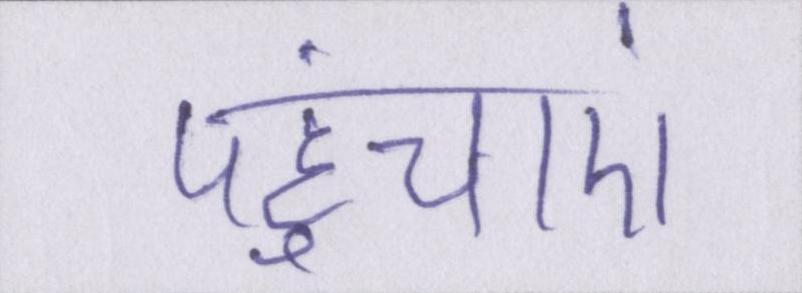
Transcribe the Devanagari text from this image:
पहुंचाएं